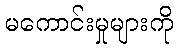
မကောင်းမှုများကို